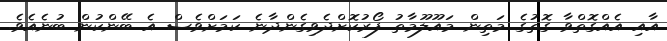
އާއި އެއްގޮތްވާ ގޮތުގެ މަތިން މައޫލޫމާތު ފޯރުކޮށްދެވިގެންދާނެ ކަމަށްވެސް އެ ބޭންކުން ބުނެއެވެ.